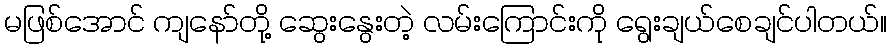
မဖြစ်အောင် ကျနော်တို့ ဆွေးနွေးတဲ့ လမ်းကြောင်းကို ရွေးချယ်စေချင်ပါတယ်။